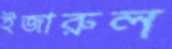
ইজারুল